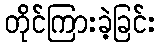
တိုင်ကြားခဲ့ခြင်း